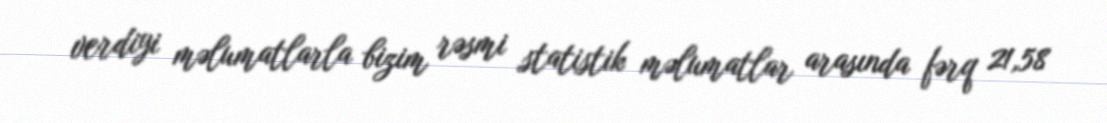
verdiyi məlumatlarla bizim rəsmi statistik məlumatlar arasında fərq 21,58